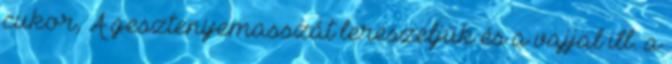
cukor, A gesztenyemasszát lereszeljük és a vajjal ill. a